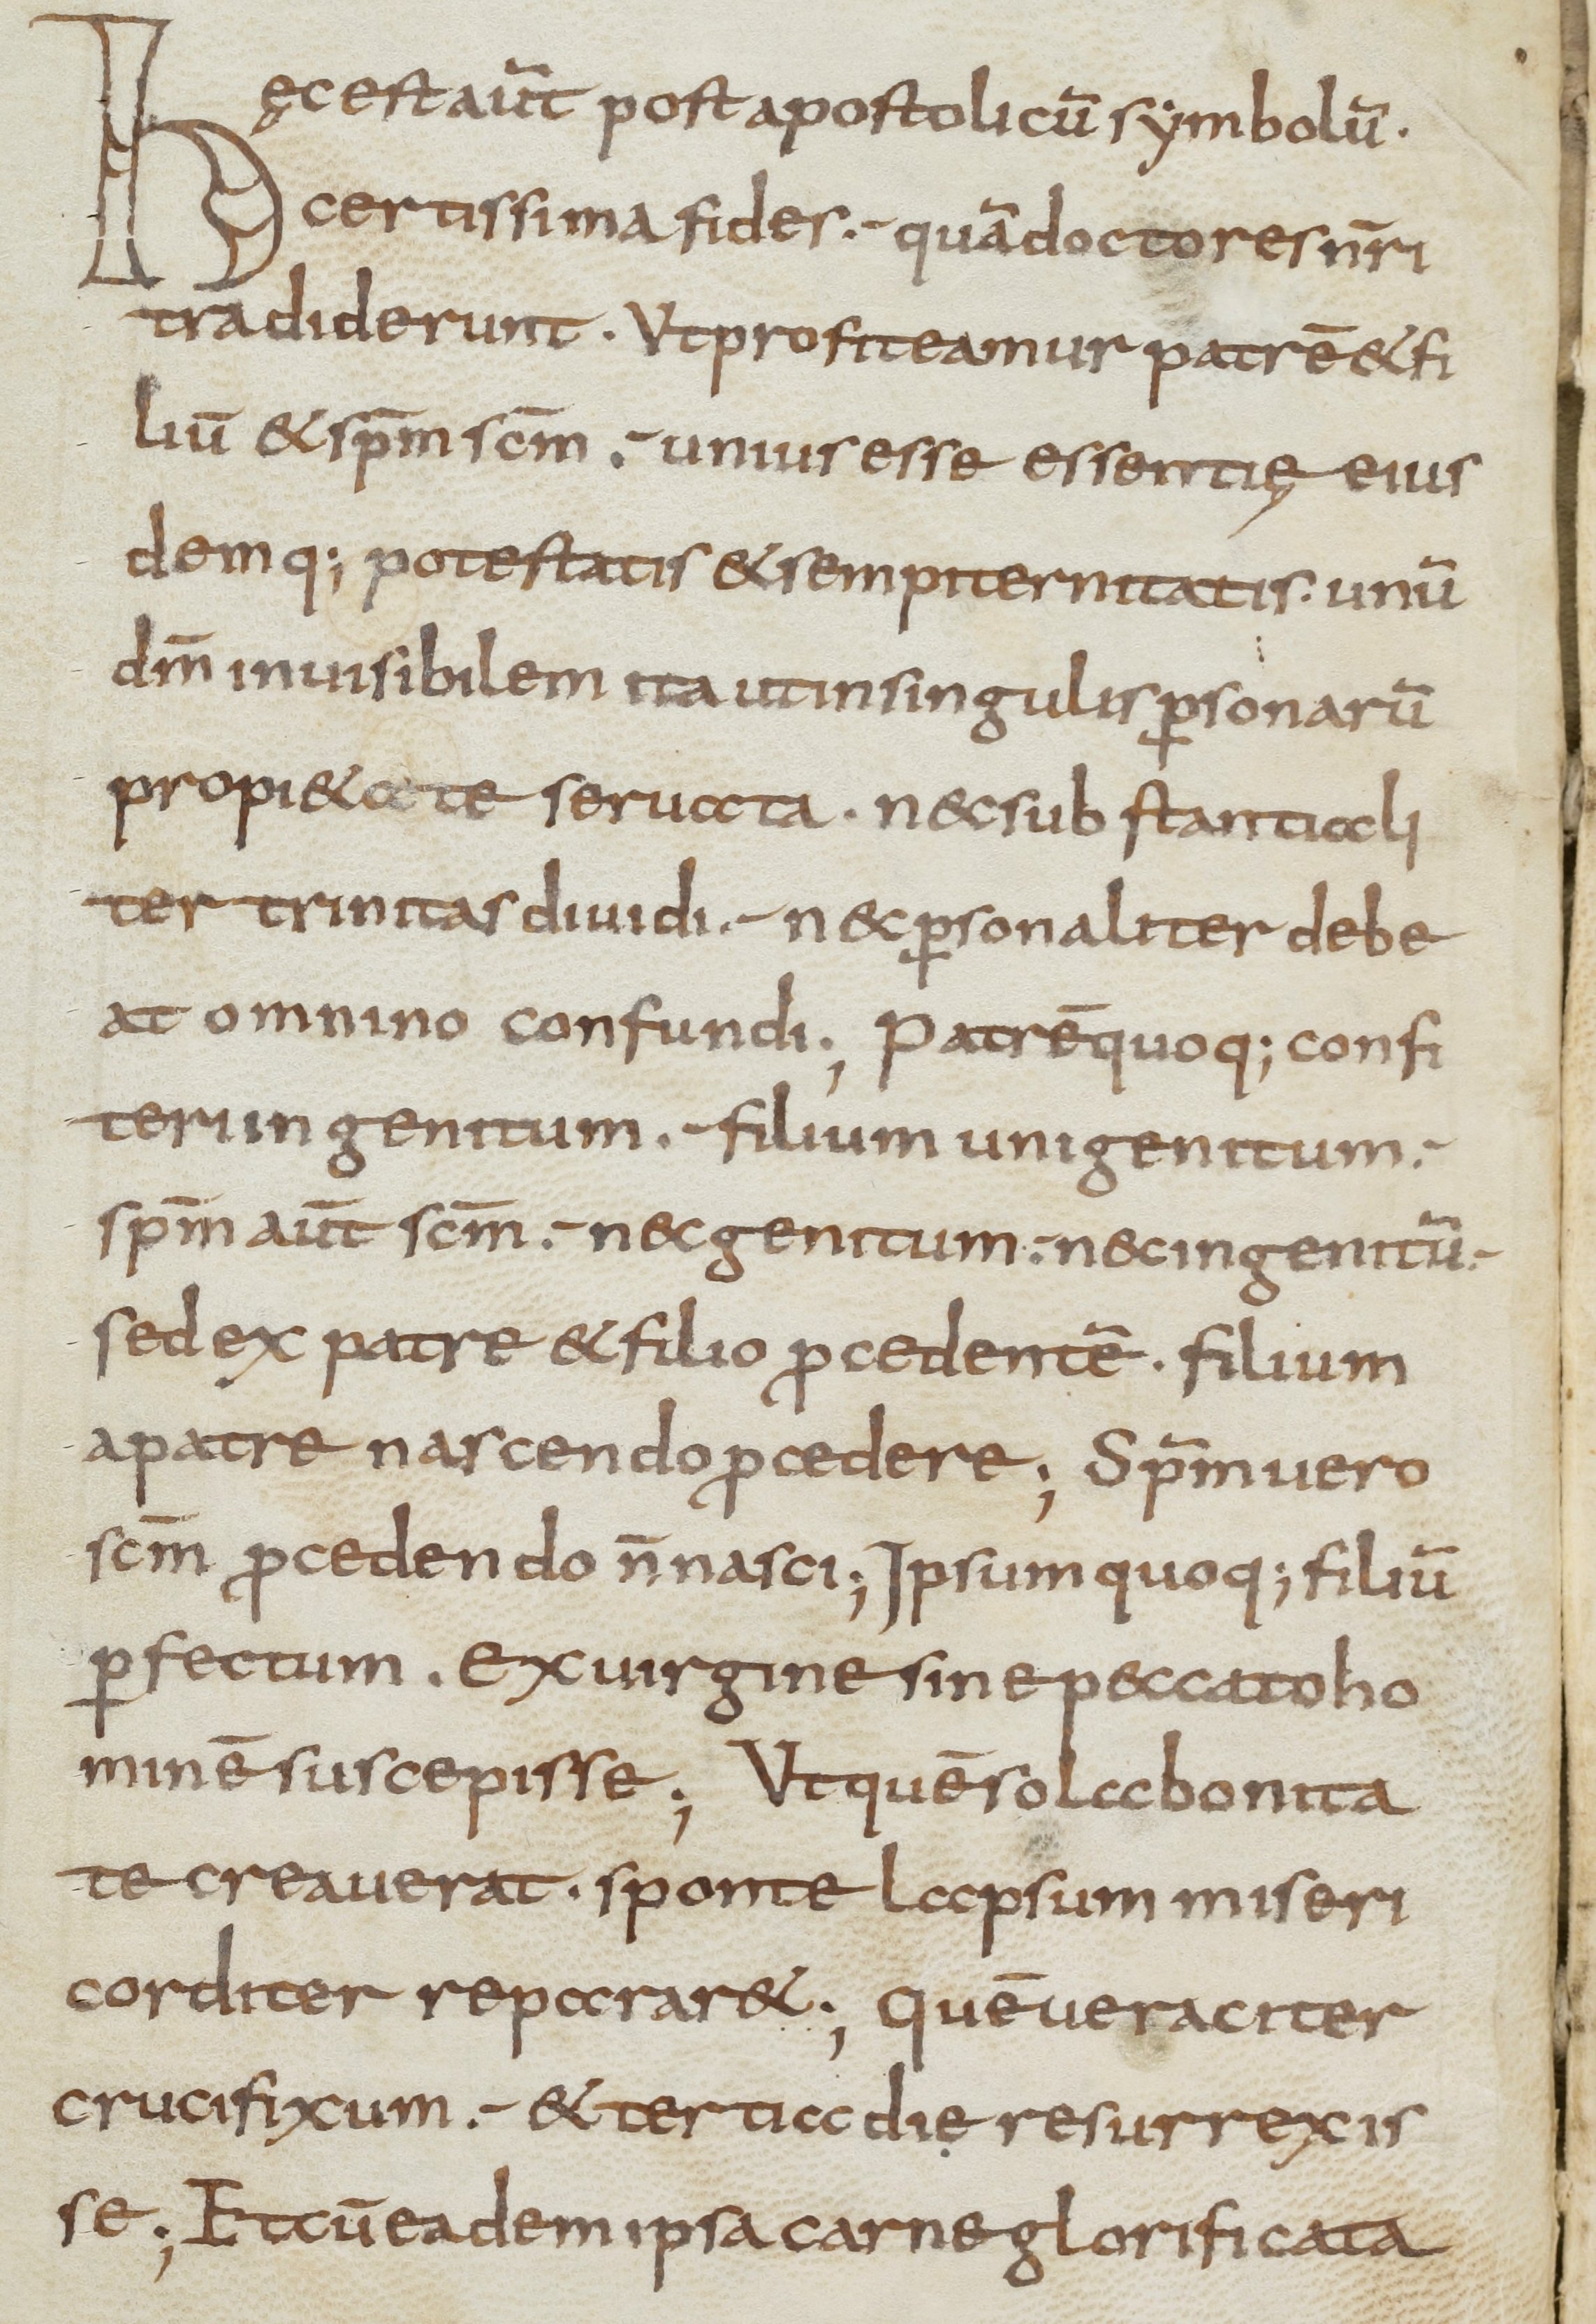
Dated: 800–899